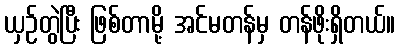
ယှဉ်တွဲပြီး ဖြစ်တာမို့ အင်မတန်မှ တန်ဖိုးရှိတယ်။